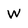
Character: W